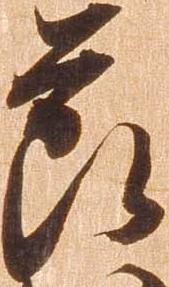
節